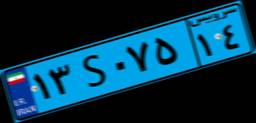
۴۰S۱۳۹۷۰